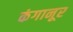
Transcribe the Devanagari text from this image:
कंगानूर